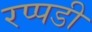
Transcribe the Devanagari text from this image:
रप्पडी